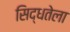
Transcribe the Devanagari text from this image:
सिद्धतेला